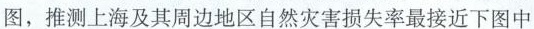
图，推测上海及其周边地区自然灾害损失率最接近下图中